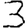
Digit: 3